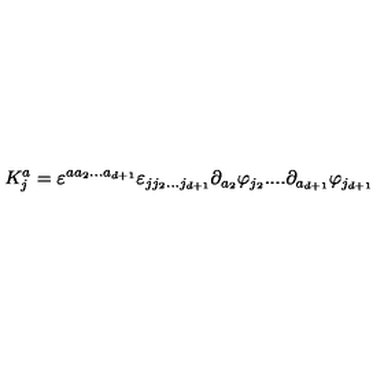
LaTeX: K _ { j } ^ { a } = \varepsilon ^ { a a _ { 2 } . . . a _ { d + 1 } } \varepsilon _ { j j _ { 2 } . . . j _ { d + 1 } } \partial _ { a _ { 2 } } \varphi _ { j _ { 2 } } . . . . \partial _ { a _ { d + 1 } } \varphi _ { j _ { d + 1 } }